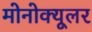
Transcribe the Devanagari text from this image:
मोनोक्यूलर